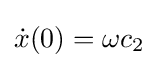
{\dot {x}}(0)=\omega c_{2}